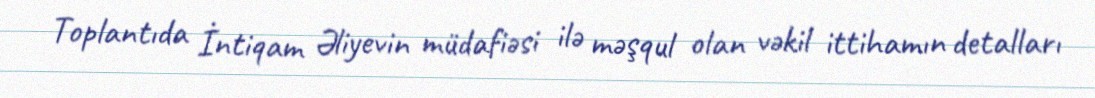
Toplantıda İntiqam Əliyevin müdafiəsi ilə məşqul olan vəkil ittihamın detalları